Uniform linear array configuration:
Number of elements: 24
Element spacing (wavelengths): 0.75
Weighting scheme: hamming
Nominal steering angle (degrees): -60
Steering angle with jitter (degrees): -58.92
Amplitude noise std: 0.05
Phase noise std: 0.05

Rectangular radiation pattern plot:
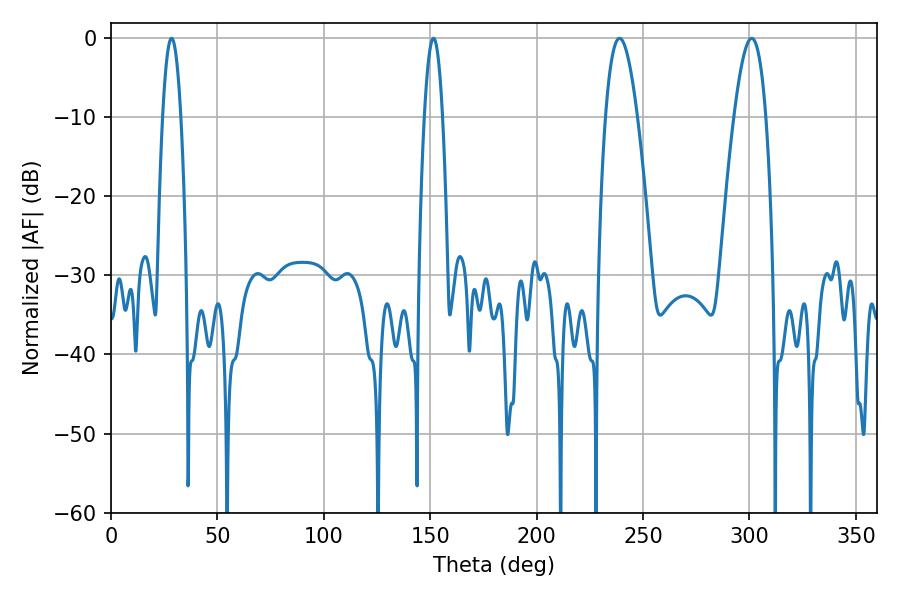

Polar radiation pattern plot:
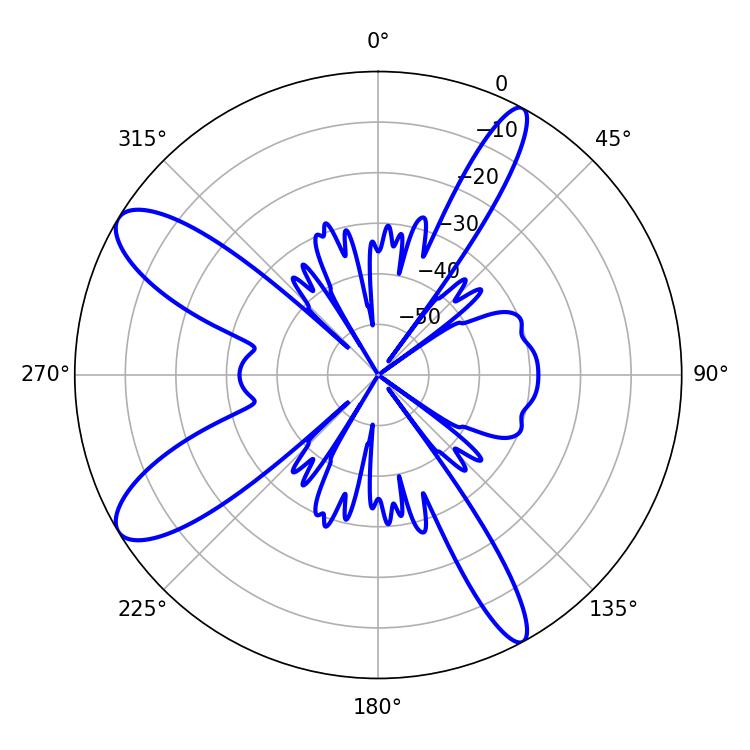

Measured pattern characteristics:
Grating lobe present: TRUE
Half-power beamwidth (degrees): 4.68
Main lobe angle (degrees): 28.44